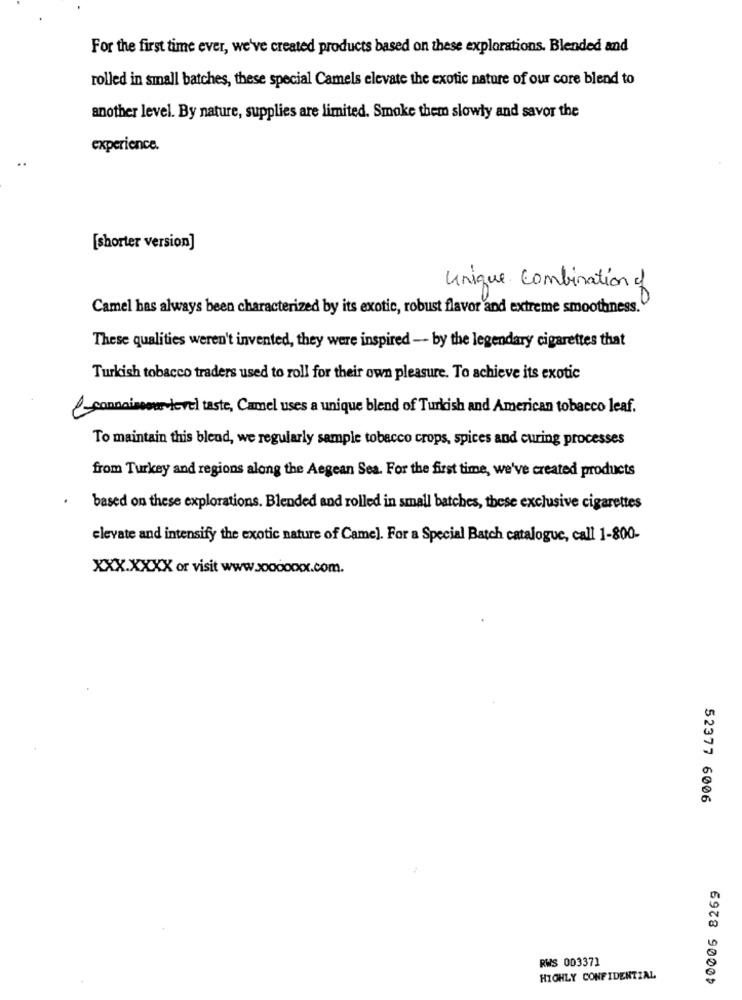
For the first time ever, we've created products based on these explorations. Blended and
rolled in small batches, these special Camels elevate the exotic nature of our core blend to
another level. By nature, supplies are limited. Smoke them slowly and savor the
experience.
[shorter version]
Unique Combination of
Camel has always been characterized by its exotic, robust flavor and extreme smoothness.
These qualities weren't invented, they were inspired -- by the legendary cigarettes that
Turkish tobacco traders used to roll for their own pleasure. To achieve its exotic
-connaisseur -level taste, Camel uses a unique blend of Turkish and American tobacco leaf.
To maintain this blend, we regularly sample tobacco crops, spices and curing processes
from Turkey and regions along the Aegean Sea. For the first time, we've created products
based on these explorations. Blended and rolled in small batches, these exclusive cigarettes
elevate and intensify the exotic nature of Came). For a Special Batch catalogue, call 1-800-
XXXXXXXX or visit www.sooooxxx.com.
52377 6006
40005 8269
RWS 003371
HIGHLY CONFIDENTIAL